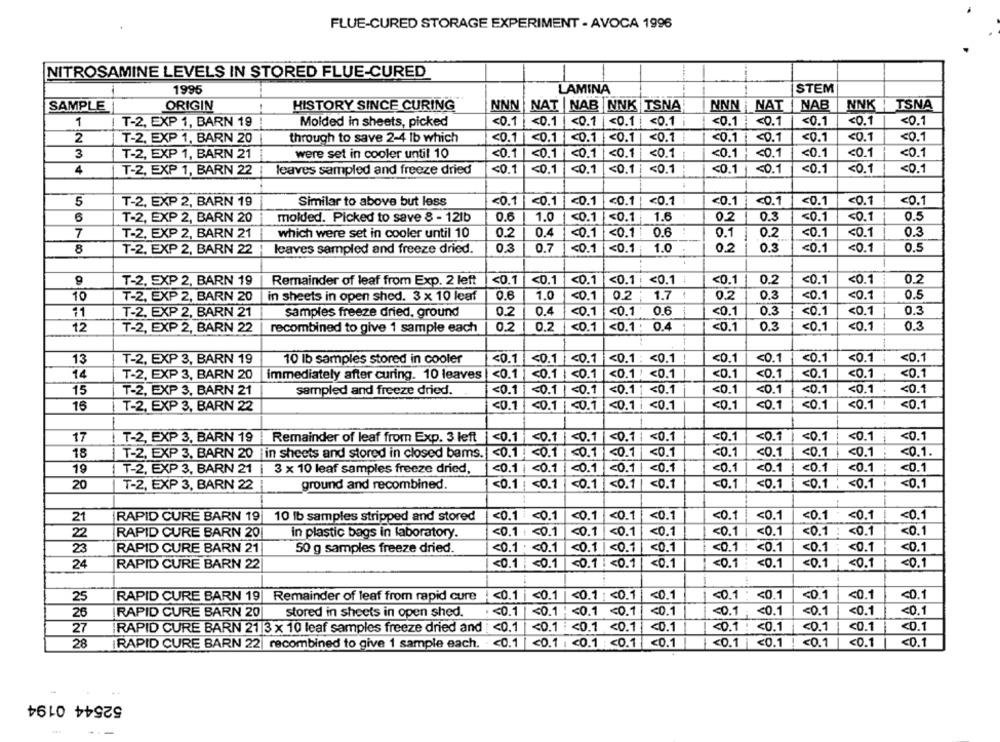
FLUE-CURED STORAGE EXPERIMENT - AVOCA 1996
NITROSAMINE LEVELS IN STORED FLUE-CURED
1
LAMINA
STEM
1995
SAMPLE
ORIGIN
HISTORY SINCE CURING
NNN
NAT NAB |NNK TSNA
NNN NAT
NAB
NNK | TSNA
1
T-2, EXP 1, BARN 19
Molded in sheets, picked
<0.1
<0.1
<0.1 | <0.1 | <0.1 i
<0.1 }
<0.1
<0.1
<0.1
<0.1
2
T-2, EXP 1, BARN 20
through to save 2-4 lb which
<0.1
<0.1
<0.1
<0.1
<0.1
<0.1
<0.1
<0.1
<0.1
<0.1
3
T-2, EXP 1, BARN 21
were set in cooler until 10
<0.1
<0.1
<0.1
<0.1|
<0.1
<0.1 ; < 0.1
<0.1
<0.1
<0.1
4
T-2, EXP 1, BARN 22
leaves sampled and freeze dried
<0.1
<0.1
<0.1
<0.1
<0.1
<0.1
<0.1
<0.1
<0.1
<0.1
<0.1
<0.1
<0.1 i
<0.1
<0.1
<0.1
5
T-2, EXP 2, BARN 19
Similar to above but less
<0.1
<0.1
<0.1
<0.1
<0.1
6
T-2, EXP 2, BARN 20
molded. Picked to save 8 - 121b
0.6
1.0
<0.1
<0.1
1.6
0.2
0.3
<0.1
0.5
7
T-2, EXP 2, BARN 21
which were set in cooler until 10
0.2
0.4
<0.1
<0.1 |
0.6
0.1
0.2
<0.1
<0.1
0.3
8
T-2, EXP 2, BARN 22
leaves sampled and freeze dried.
0.3
0.7
<0.1
<0.1
1.0
0.2
0.3
<0.1
<0.1
0.5
-
T-2, EXP 2, BARN 19
Remainder of leaf from Exp. 2 left
<0.1
<0.1
<0.1
<0.1 | <0.1 :
<0.1
<0.1
0.2
<0.1
<0.1
0.2
10
in sheets in open shed. 3 x 10 leaf
0.6
1.0
<0.1
0.2
1.7
1
0.2
0.3
<0.1
<0.1
0.5
T-2, EXP 2, BARN 20
0.2
0.4
<0.1
0.6
<0.1
0.3
<0.1
<0.1
0.3
11
T-2, EXP 2, BARN 21
samples freeze dried, ground
<0.1
0.2
1
0.3
<0.1
0.3
12
T-2, EXP 2, BARN 22
recombined to give 1 sample each
0.2
<0.1
<0.1 : 0.4
<0.1
<0.1
13
T-2, EXP 3, BARN 19
10 lb samples stored in cooler
<0.1
<0.1 <0.1
<0.1 : < 0.1
<0.1
<0.1
<0.1
<0.1
<0.1
14
T-2, EXP 3, BARN 20
immediately after curing. 10 leaves
<0.1
<0.1 | <0.1
<0.1 ! < 0.1
<0.1
<0.1
<0.1
<0.1
<0.1
15
T-2, EXP 3, BARN 21
sampled and freeze dried.
<0.1
<0.1 | <0.1
<0.1| <0.1
<0.1
<0.1
<0.1
<0.1
<0.1
16
T-2, EXP 3, BARN 22
<0.1
<0.1
<0.1
<0.1 | <0.1
<0.1
<0.1
<0.1
<0.1 ! < 0.1
17
<0.1 | <0.1
<0.1
<0.1
<0.1
<0.1
<0.1 <0.1
<0.1
<0.1
T-2, EXP 3, BARN 19
Remainder of leaf from Exp. 3 left
<0.1
<0.1
<0.1 !
<0.1
<0.1
<0.1
<0.1
<0.1
<0.1.
18
T-2, EXP 3, BARN 20 | in sheets and stored in closed bams.
<0.1
<0.1
<0.1
<0.1
<0.1 <0.1
<0.1
19
T-2, EXP 3, BARN 21
3 x 10 leaf samples freeze dried,
<0.1
<0.1
20.1
<0.1
<0.1
<0.1
<0.1
20
T-2, EXP 3, BARN 22
ground and recombined.
<0.1 | <0.1 | <0.1|<0.1
<0.1
<0.1
<0.1
<0.1
<0.1
<0.1
<0.1 : < 0.1
<0.1
21
RAPID CURE BARN 19
10 lb samples stripped and stored
<0.1 <0.1
<0.1 <0.1
<0.1
<0.1
<0.1
<0.1 <0.1
<0.1
22
RAPID CURE BARN 20
in plastic bags in laboratory.
<0.1 | <0.1
<0.1
<0.1
<0.1
<0.1
<0.1
<0.1
<0.1 : < 0.1
<0.1
23
RAPID CURE BARN 21
50 g samples freeze dried.
<0.1 : < 0.1
<0.1 | <0.1
<0.1
<0.1 : < 0.1
<0.1 : < 0.1
<0.1
24
RAPID CURE BARN 22
<0.1 <0.1
<0.1 <0.1
<0.1
<0.1 <0.1
<0.1 | <0.1
<0.1
<0.1
<0.1
25
RAPID CURE BARN 19| Remainder of leaf from rapid cure
<0.1 <0.1 <0.1 <0.1
<0.1
<0.1 : < 0.1
<0.1
<0.1
<0.1
26
RAPID CURE BARN 20
stored in sheets in open shed.
<0.1|
<0.1 ;< 0.1 <0.1
<0.1
<0.1 ; < 0.1
<0.1
<0.1
<0.1
27
RAPID CURE BARN 21 3 x 10 leaf samples freeze dried and : < 0.1
<0.1 <0.1 <0.1
<0.1
<0.1 : < 0.1
<0.1
<0.1
<0.1
28
RAPID CURE BARN 22| recombined to give 1 sample each. < 0.1|
<0.1 <0.1 <0.1
<0.1
<0.1 |<0.1
<0.1
<0.1
<0.1
52544 0194